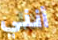
أنني